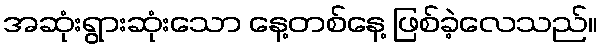
အဆုံးရွားဆုံးသော နေ့တစ်နေ့ ဖြစ်ခဲ့လေသည်။